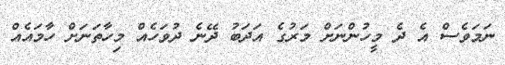
ނަމަވެސް އެ ދެ މީހުންނަށް މަރުގެ އަދަބު ދޭނެ ދުވަހެއް މިހާތަނަށް ހާމައެއް